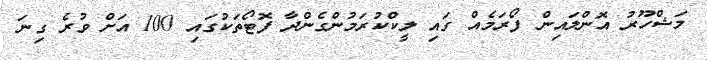
މަޝްހޫރު އޮންލައިން ފޯރަމެއް ގައި ލީކްކުރަމުންގެންދާ ފޮޓޯތަކުގައި 100 އަށް ވުރެ ގިނަ